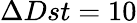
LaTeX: \Delta Dst=10